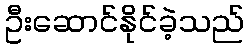
ဦးဆောင်နိုင်ခဲ့သည်